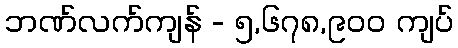
ဘဏ်လက်ကျန် - ၅,၆၇၈,၉၀၀ ကျပ်